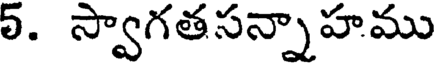
5. స్వాగతసన్నాహము